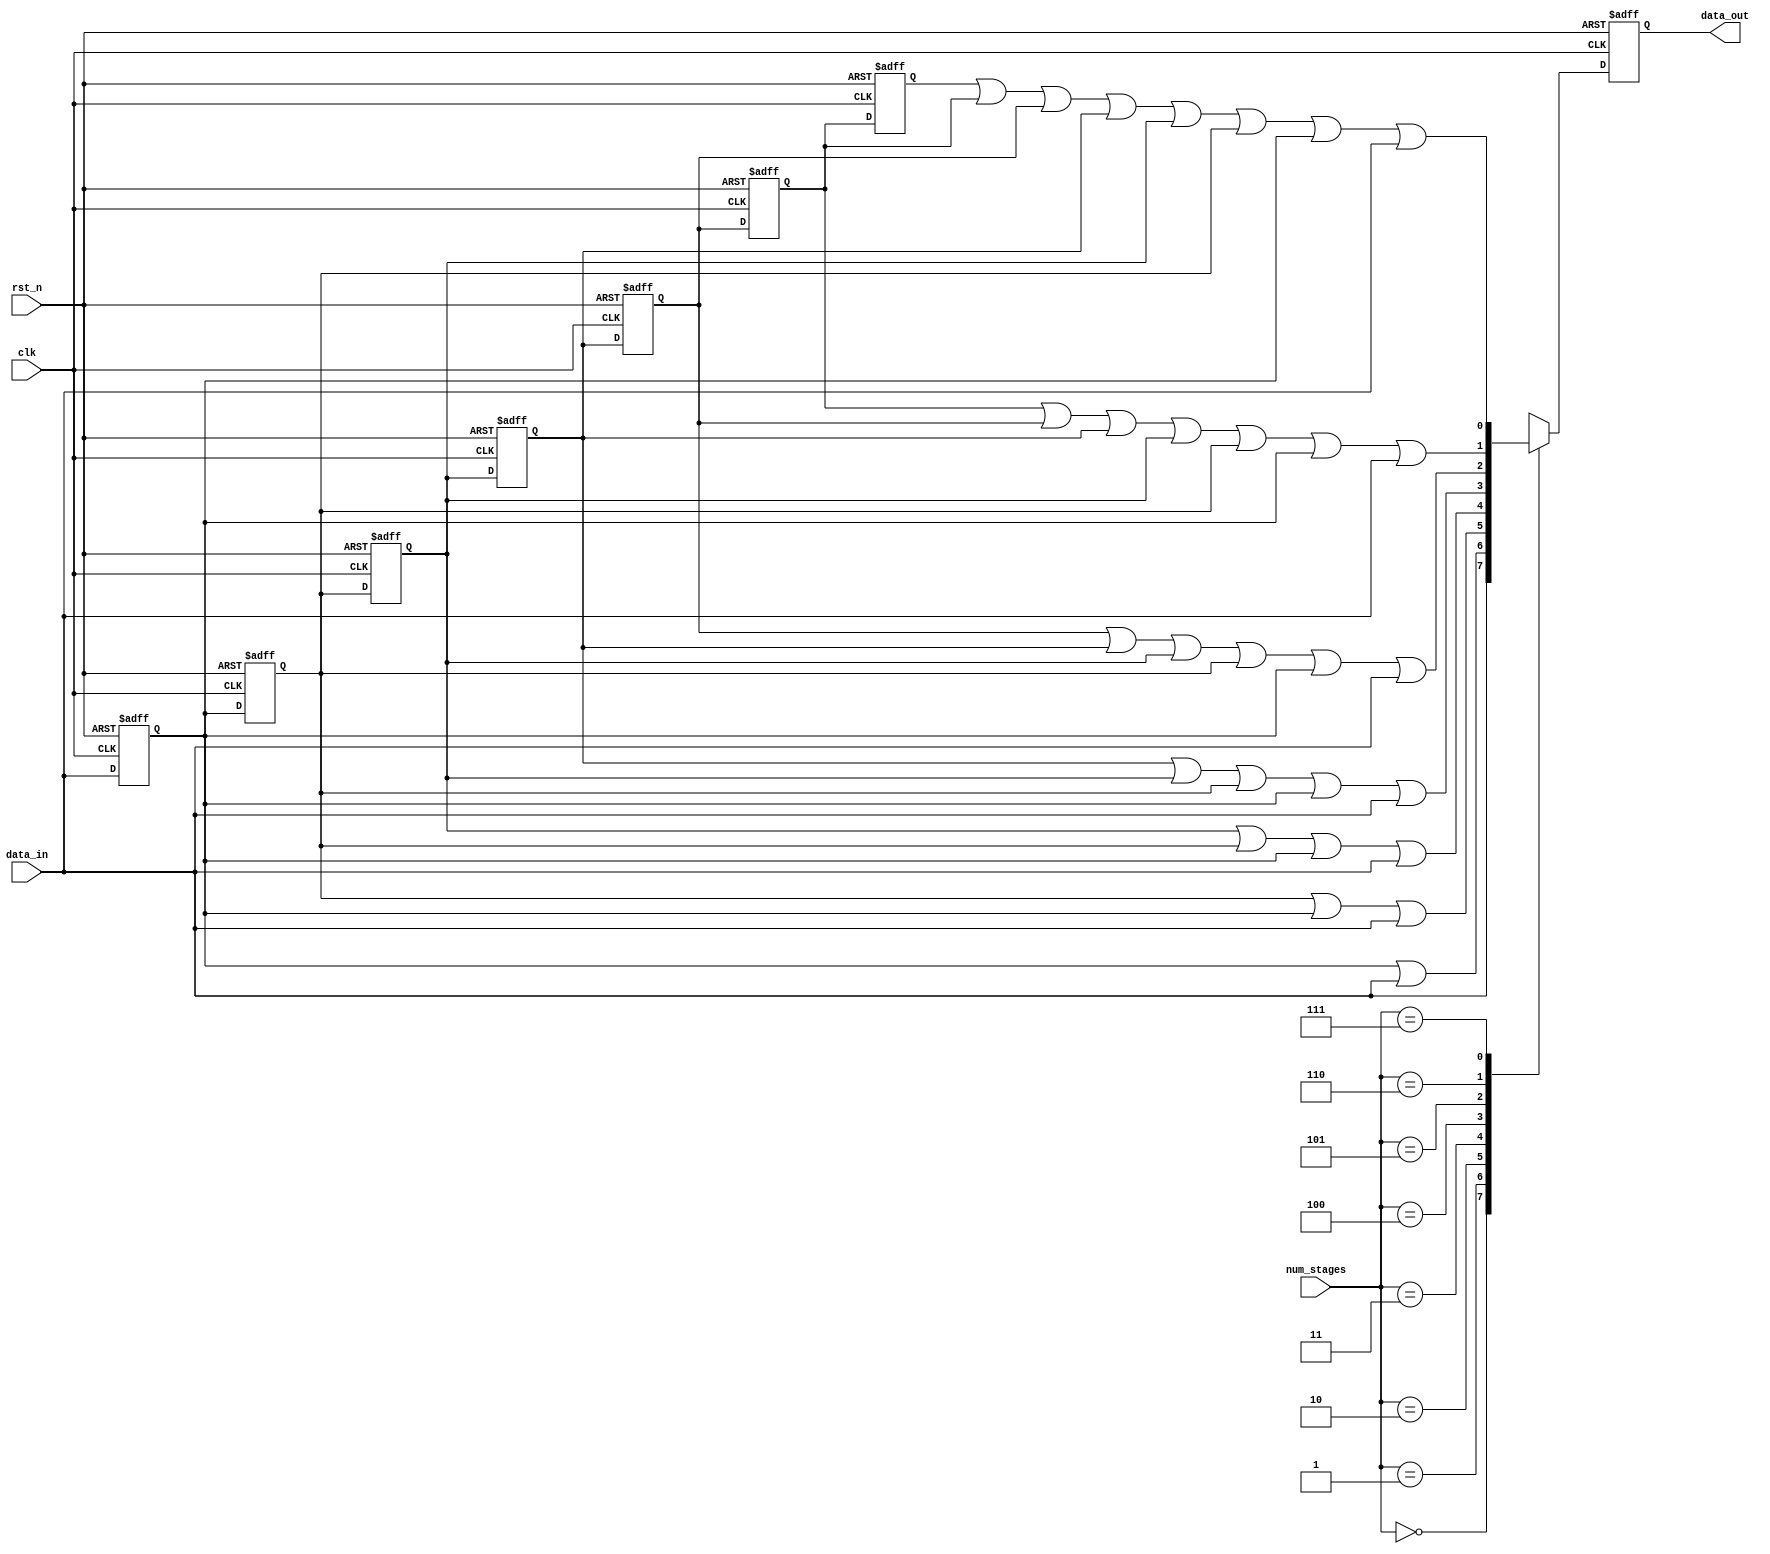
// This program was cloned from: https://github.com/chipsalliance/aib-phy-hardware
// License: Apache License 2.0

// SPDX-License-Identifier: Apache-2.0
// Copyright (C) 2019 Intel Corporation. 
//------------------------------------------------------------------------
// (C) 2009 Altera Corporation. .  
//
//------------------------------------------------------------------------
// Revision:    $Revision: #1 $
//------------------------------------------------------------------------
// Description: 
//
//------------------------------------------------------------------------

module hdpldadapt_cmn_pulse_stretch 
  #(
    parameter RESET_VAL = 'd0   // reset value
    )
  (
    input  wire         clk,         // clock
    input  wire         rst_n,       // async reset
    input  wire [2:0]   num_stages,  // number of stages required
    input  wire         data_in,     // data in
    output  reg         data_out     // stretched data out             
   );

   reg                  data_d1, data_d2, data_d3, data_d4;
   reg                  data_d5, data_d6, data_d7;
   reg                  data_out_comb;

   localparam reset_value = (RESET_VAL == 1) ? 1'b1 : 1'b0;  // To eliminate truncating warning
      
   always @* begin
      data_out_comb = data_in;
      
      case (num_stages)
        3'b000: data_out_comb = data_in;
        3'b001: data_out_comb = data_d1 | data_in;
        3'b010: data_out_comb = data_d2 | data_d1 | data_in;
        3'b011: data_out_comb = data_d3 | data_d2 | data_d1 | data_in;
        3'b100: data_out_comb = data_d4 | data_d3 | data_d2 | data_d1 | data_in;
        3'b101: data_out_comb = data_d5 | data_d4 | data_d3 | data_d2 | data_d1 | data_in;
        3'b110: data_out_comb = data_d6 | data_d5 | data_d4 | data_d3 | data_d2 | data_d1 | data_in;
        3'b111: data_out_comb = data_d7 | data_d6 | data_d5 | data_d4 | data_d3 | data_d2 | data_d1 | data_in;
        default: data_out_comb = data_in;
      endcase // case(num_stages)
   end // always @ *

   always @(negedge rst_n or posedge clk) begin
      if (~rst_n) begin
         data_d1 <= reset_value;
         data_d2 <= reset_value;
         data_d3 <= reset_value;
         data_d4 <= reset_value;
         data_d5 <= reset_value;
         data_d6 <= reset_value;
         data_d7 <= reset_value;
         data_out <= reset_value;
      end
      else begin
         data_d1 <= data_in;
         data_d2 <= data_d1;
         data_d3 <= data_d2;
         data_d4 <= data_d3;
         data_d5 <= data_d4;
         data_d6 <= data_d5;
         data_d7 <= data_d6;
         data_out <= data_out_comb;
      end
   end // always @ (negedge rst_n or posedge clk)
      
endmodule // hdpldadapt_cmn_pulse_stretch